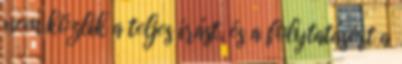
nem közlik a teljes írást, és a folytatásért a